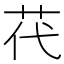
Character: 䒫